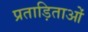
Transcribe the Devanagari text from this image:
प्रताड़िताओं